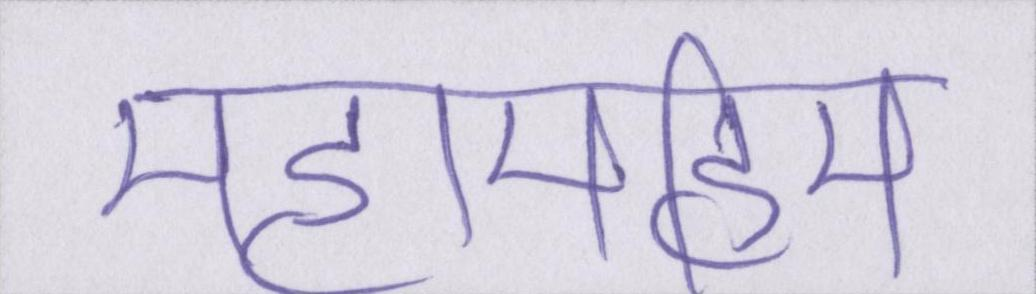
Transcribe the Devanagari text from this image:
महामहिम